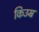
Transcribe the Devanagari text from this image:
किउम्र